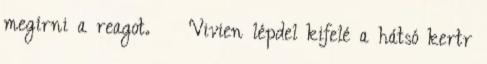
megírni a reagot. Vivien lépdel kifelé a hátsó kertr